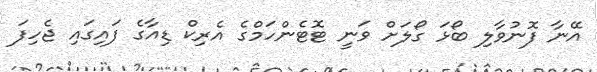
އޭނާ ފޮނުވާލި ބޯޅަ ގޯލަށް ވަނީ ޓޮޓެންހަމްގެ އެރިކް ޑިއާގެ ފައިގައި ޖެހިފަ